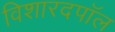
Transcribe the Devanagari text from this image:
विशारदपॉल